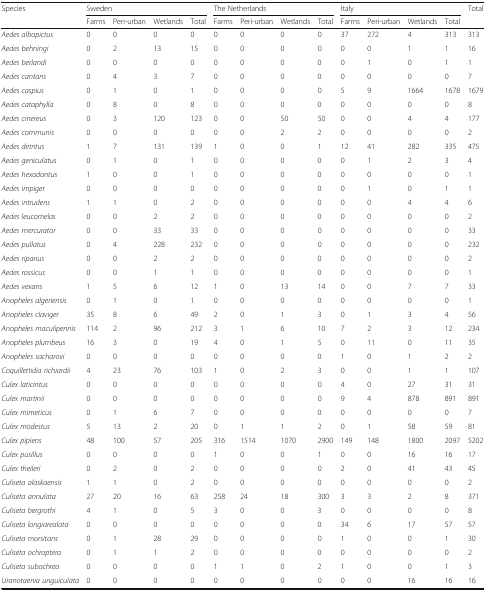
<table><thead><tr><td><b>Species</b></td><td colspan="4"><b>Sweden</b></td><td colspan="4"><b>The Netherlands</b></td><td colspan="4"><b>Italy</b></td><td><b>Total</b></td></tr><tr><td></td><td><b>Farms</b></td><td><b>Peri-urban</b></td><td><b>Wetlands</b></td><td><b>Total</b></td><td><b>Farms</b></td><td><b>Peri-urban</b></td><td><b>Wetlands</b></td><td><b>Total</b></td><td><b>Farms</b></td><td><b>Peri-urban</b></td><td><b>Wetlands</b></td><td><b>Total</b></td><td></td></tr></thead><tbody><tr><td><i>Aedes albopictus</i></td><td>0</td><td>0</td><td>0</td><td>0</td><td>0</td><td>0</td><td>0</td><td>0</td><td>37</td><td>272</td><td>4</td><td>313</td><td>313</td></tr><tr><td><i>Aedes behningi</i></td><td>0</td><td>2</td><td>13</td><td>15</td><td>0</td><td>0</td><td>0</td><td>0</td><td>0</td><td>0</td><td>1</td><td>1</td><td>16</td></tr><tr><td><i>Aedes berlandi</i></td><td>0</td><td>0</td><td>0</td><td>0</td><td>0</td><td>0</td><td>0</td><td>0</td><td>0</td><td>1</td><td>0</td><td>1</td><td>1</td></tr><tr><td><i>Aedes cantans</i></td><td>0</td><td>4</td><td>3</td><td>7</td><td>0</td><td>0</td><td>0</td><td>0</td><td>0</td><td>0</td><td>0</td><td>0</td><td>7</td></tr><tr><td><i>Aedes caspius</i></td><td>0</td><td>1</td><td>0</td><td>1</td><td>0</td><td>0</td><td>0</td><td>0</td><td>5</td><td>9</td><td>1664</td><td>1678</td><td>1679</td></tr><tr><td><i>Aedes cataphylla</i></td><td>0</td><td>8</td><td>0</td><td>8</td><td>0</td><td>0</td><td>0</td><td>0</td><td>0</td><td>0</td><td>0</td><td>0</td><td>8</td></tr><tr><td><i>Aedes cinereus</i></td><td>0</td><td>3</td><td>120</td><td>123</td><td>0</td><td>0</td><td>50</td><td>50</td><td>0</td><td>0</td><td>4</td><td>4</td><td>177</td></tr><tr><td><i>Aedes communis</i></td><td>0</td><td>0</td><td>0</td><td>0</td><td>0</td><td>0</td><td>2</td><td>2</td><td>0</td><td>0</td><td>0</td><td>0</td><td>2</td></tr><tr><td><i>Aedes detritus</i></td><td>1</td><td>7</td><td>131</td><td>139</td><td>1</td><td>0</td><td>0</td><td>1</td><td>12</td><td>41</td><td>282</td><td>335</td><td>475</td></tr><tr><td><i>Aedes geniculatus</i></td><td>0</td><td>1</td><td>0</td><td>1</td><td>0</td><td>0</td><td>0</td><td>0</td><td>0</td><td>1</td><td>2</td><td>3</td><td>4</td></tr><tr><td><i>Aedes hexodontus</i></td><td>1</td><td>0</td><td>0</td><td>1</td><td>0</td><td>0</td><td>0</td><td>0</td><td>0</td><td>0</td><td>0</td><td>0</td><td>1</td></tr><tr><td><i>Aedes impiger</i></td><td>0</td><td>0</td><td>0</td><td>0</td><td>0</td><td>0</td><td>0</td><td>0</td><td>0</td><td>1</td><td>0</td><td>1</td><td>1</td></tr><tr><td><i>Aedes intrudens</i></td><td>1</td><td>1</td><td>0</td><td>2</td><td>0</td><td>0</td><td>0</td><td>0</td><td>0</td><td>0</td><td>4</td><td>4</td><td>6</td></tr><tr><td><i>Aedes leucomelas</i></td><td>0</td><td>0</td><td>2</td><td>2</td><td>0</td><td>0</td><td>0</td><td>0</td><td>0</td><td>0</td><td>0</td><td>0</td><td>2</td></tr><tr><td><i>Aedes mercurator</i></td><td>0</td><td>0</td><td>33</td><td>33</td><td>0</td><td>0</td><td>0</td><td>0</td><td>0</td><td>0</td><td>0</td><td>0</td><td>33</td></tr><tr><td><i>Aedes pullatus</i></td><td>0</td><td>4</td><td>228</td><td>232</td><td>0</td><td>0</td><td>0</td><td>0</td><td>0</td><td>0</td><td>0</td><td>0</td><td>232</td></tr><tr><td><i>Aedes riparius</i></td><td>0</td><td>0</td><td>2</td><td>2</td><td>0</td><td>0</td><td>0</td><td>0</td><td>0</td><td>0</td><td>0</td><td>0</td><td>2</td></tr><tr><td><i>Aedes rossicus</i></td><td>0</td><td>0</td><td>1</td><td>1</td><td>0</td><td>0</td><td>0</td><td>0</td><td>0</td><td>0</td><td>0</td><td>0</td><td>1</td></tr><tr><td><i>Aedes vexans</i></td><td>1</td><td>5</td><td>6</td><td>12</td><td>1</td><td>0</td><td>13</td><td>14</td><td>0</td><td>0</td><td>7</td><td>7</td><td>33</td></tr><tr><td><i>Anopheles algeriensis</i></td><td>0</td><td>1</td><td>0</td><td>1</td><td>0</td><td>0</td><td>0</td><td>0</td><td>0</td><td>0</td><td>0</td><td>0</td><td>1</td></tr><tr><td><i>Anopheles claviger</i></td><td>35</td><td>8</td><td>6</td><td>49</td><td>2</td><td>0</td><td>1</td><td>3</td><td>0</td><td>1</td><td>3</td><td>4</td><td>56</td></tr><tr><td><i>Anopheles maculipennis</i></td><td>114</td><td>2</td><td>96</td><td>212</td><td>3</td><td>1</td><td>6</td><td>10</td><td>7</td><td>2</td><td>3</td><td>12</td><td>234</td></tr><tr><td><i>Anopheles plumbeus</i></td><td>16</td><td>3</td><td>0</td><td>19</td><td>4</td><td>0</td><td>1</td><td>5</td><td>0</td><td>11</td><td>0</td><td>11</td><td>35</td></tr><tr><td><i>Anopheles sacharovi</i></td><td>0</td><td>0</td><td>0</td><td>0</td><td>0</td><td>0</td><td>0</td><td>0</td><td>1</td><td>0</td><td>1</td><td>2</td><td>2</td></tr><tr><td><i>Coquillettidia richiardii</i></td><td>4</td><td>23</td><td>76</td><td>103</td><td>1</td><td>0</td><td>2</td><td>3</td><td>0</td><td>0</td><td>1</td><td>1</td><td>107</td></tr><tr><td><i>Culex laticintus</i></td><td>0</td><td>0</td><td>0</td><td>0</td><td>0</td><td>0</td><td>0</td><td>0</td><td>4</td><td>0</td><td>27</td><td>31</td><td>31</td></tr><tr><td><i>Culex martinii</i></td><td>0</td><td>0</td><td>0</td><td>0</td><td>0</td><td>0</td><td>0</td><td>0</td><td>9</td><td>4</td><td>878</td><td>891</td><td>891</td></tr><tr><td><i>Culex mimeticus</i></td><td>0</td><td>1</td><td>6</td><td>7</td><td>0</td><td>0</td><td>0</td><td>0</td><td>0</td><td>0</td><td>0</td><td>0</td><td>7</td></tr><tr><td><i>Culex modestus</i></td><td>5</td><td>13</td><td>2</td><td>20</td><td>0</td><td>1</td><td>1</td><td>2</td><td>0</td><td>1</td><td>58</td><td>59</td><td>81</td></tr><tr><td><i>Culex pipiens</i></td><td>48</td><td>100</td><td>57</td><td>205</td><td>316</td><td>1514</td><td>1070</td><td>2900</td><td>149</td><td>148</td><td>1800</td><td>2097</td><td>5202</td></tr><tr><td><i>Culex pusillus</i></td><td>0</td><td>0</td><td>0</td><td>0</td><td>1</td><td>0</td><td>0</td><td>1</td><td>0</td><td>0</td><td>16</td><td>16</td><td>17</td></tr><tr><td><i>Culex theileri</i></td><td>0</td><td>2</td><td>0</td><td>2</td><td>0</td><td>0</td><td>0</td><td>0</td><td>2</td><td>0</td><td>41</td><td>43</td><td>45</td></tr><tr><td><i>Culiseta alaskaensis</i></td><td>1</td><td>1</td><td>0</td><td>2</td><td>0</td><td>0</td><td>0</td><td>0</td><td>0</td><td>0</td><td>0</td><td>0</td><td>2</td></tr><tr><td><i>Culiseta annulata</i></td><td>27</td><td>20</td><td>16</td><td>63</td><td>258</td><td>24</td><td>18</td><td>300</td><td>3</td><td>3</td><td>2</td><td>8</td><td>371</td></tr><tr><td><i>Culiseta bergrothi</i></td><td>4</td><td>1</td><td>0</td><td>5</td><td>3</td><td>0</td><td>0</td><td>3</td><td>0</td><td>0</td><td>0</td><td>0</td><td>8</td></tr><tr><td><i>Culiseta longiarealata</i></td><td>0</td><td>0</td><td>0</td><td>0</td><td>0</td><td>0</td><td>0</td><td>0</td><td>34</td><td>6</td><td>17</td><td>57</td><td>57</td></tr><tr><td><i>Culiseta morsitans</i></td><td>0</td><td>1</td><td>28</td><td>29</td><td>0</td><td>0</td><td>0</td><td>0</td><td>1</td><td>0</td><td>0</td><td>1</td><td>30</td></tr><tr><td><i>Culiseta ochroptera</i></td><td>0</td><td>1</td><td>1</td><td>2</td><td>0</td><td>0</td><td>0</td><td>0</td><td>0</td><td>0</td><td>0</td><td>0</td><td>2</td></tr><tr><td><i>Culiseta subochrea</i></td><td>0</td><td>0</td><td>0</td><td>0</td><td>1</td><td>1</td><td>0</td><td>2</td><td>1</td><td>0</td><td>0</td><td>1</td><td>3</td></tr><tr><td><i>Uranotaenia unguiculata</i></td><td>0</td><td>0</td><td>0</td><td>0</td><td>0</td><td>0</td><td>0</td><td>0</td><td>0</td><td>0</td><td>16</td><td>16</td><td>16</td></tr></tbody></table>